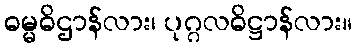
ဓမ္မဓိဌာန်လား၊ ပုဂ္ဂလဓိဋ္ဌာန်လား။